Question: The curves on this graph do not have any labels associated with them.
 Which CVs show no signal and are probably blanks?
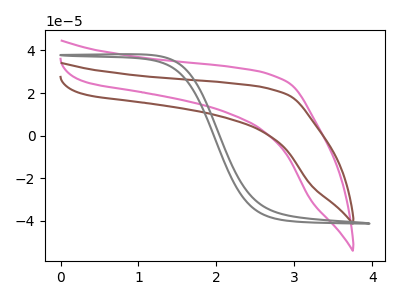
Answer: <think>The pink curve "pink" has no peaks. The brown curve "brown" has no peaks. The gray curve "gray" has no peaks.</think>
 <answer>"pink", "brown" and "gray" are likely to be blanks.</answer>
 <eval>"pink", "brown", "gray"</eval>